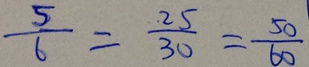
\frac { 5 } { 6 } = \frac { 2 5 } { 3 0 } = \frac { 5 0 } { 6 0 }